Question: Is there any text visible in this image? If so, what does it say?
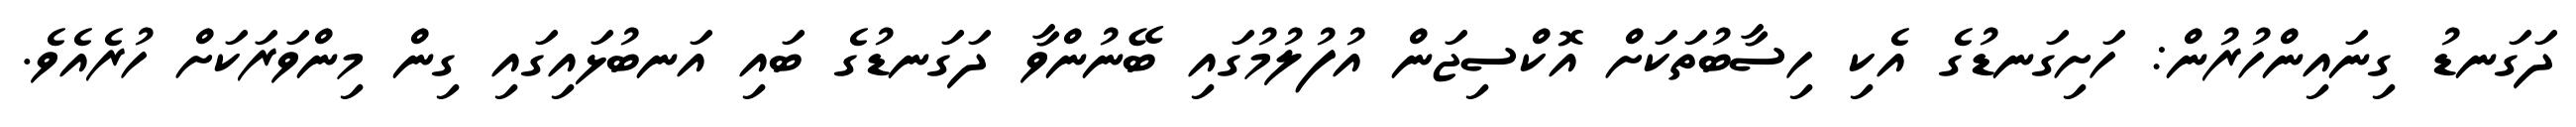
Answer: ދަގަނޑު ގިނައިންހުރުން: ހަށިގަނޑުގެ އެކި ހިސާބުތަކަށް އޮކްސިޖަން އުފުލުމުގައި ބޭނުންވާ ދަގަނޑުގެ ބައި އަނބުޅައިގައި ގިން މިންވަރަކަށް ހުރެއެވެ.